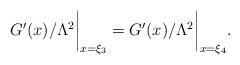
LaTeX: \begin{align*}{G'(x)}/{\Lambda^2}\biggr\vert_{x=\xi_3}={G'(x)}/{\Lambda^2}\biggr\vert_{x=\xi_4}.\end{align*}